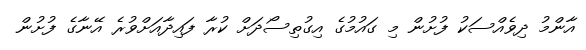
އާންމު ދިވެއްސަކު ފުށުން މި ގައުމުގެ އިގުތިސޯދަށް ކުރާ ފައިދާއަށްވުރެ އޭނާގެ ފުށުން